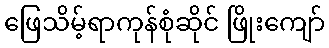
ဖြေသိမ့်ရာကုန်စုံဆိုင် ဖြိုးကျော်